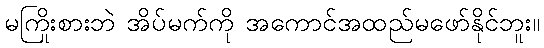
မကြိုးစားဘဲ အိပ်မက်ကို အကောင်အထည်မဖော်နိုင်ဘူး။